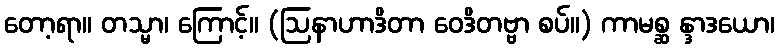
တော့ရာ။ တသ္မာ၊ ကြောင့်။ (ဩနာဟာဒိတာ ဝေဒိတဗ္ဗာ စပ်။) ကာမစ္ဆ န္ဒာဒယော၊